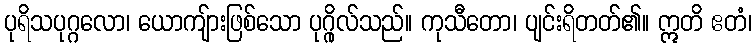
ပုရိသပုဂ္ဂလော၊ ယောကျ်ားဖြစ်သော ပုဂ္ဂိုလ်သည်။ ကုသီတော၊ ပျင်းရိတတ်၏။ ဣတိ ဧတံ၊